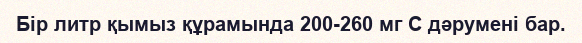
Бір литр қымыз құрамында 200-260 мг С дәрумені бар.